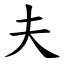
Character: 夫